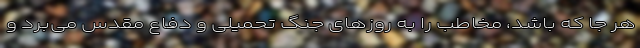
هر جا که باشد، مخاطب را به روزهای جنگ تحمیلی و دفاع مقدس می‌بَرد و